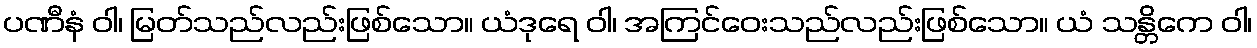
ပဏီနံ ဝါ၊ မြတ်သည်လည်းဖြစ်သော။ ယံဒုရေ ဝါ၊ အကြင်ဝေးသည်လည်းဖြစ်သော။ ယံ သန္တိကေ ဝါ၊